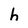
Character: h